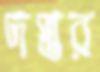
দপ্তর